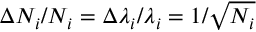
\Delta N _ { i } / N _ { i } = \Delta \lambda _ { i } / \lambda _ { i } = 1 / \sqrt { N _ { i } }